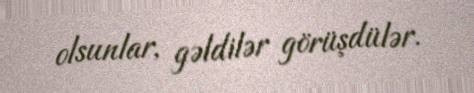
olsunlar, gəldilər görüşdülər.